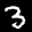
Label: 3